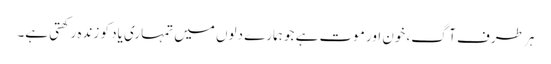
ہر طرف آگ، خون اور موت ہے جو ہمارے دلوں میں تمہاری یاد کو زندہ رکھتی ہے۔